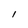
Character: l